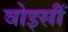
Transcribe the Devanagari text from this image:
वोइसीं